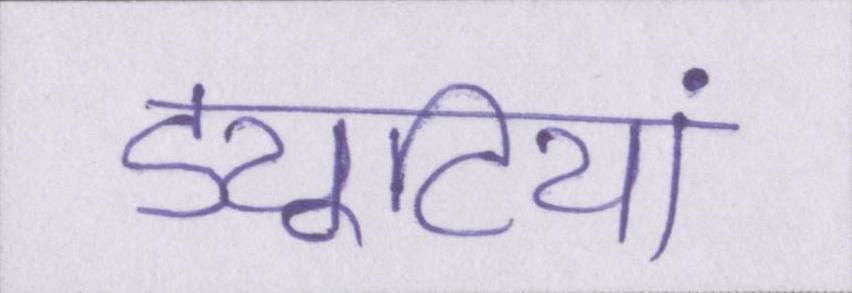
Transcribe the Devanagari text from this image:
ड्यूटियां